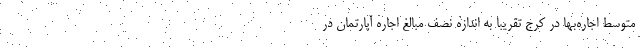
متوسط اجاره‌بها در کرج تقریبا به اندازه نصف مبالغ اجاره آپارتمان در